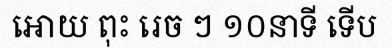
អោយ ពុះ រេច ៗ ១០នាទី ទើប